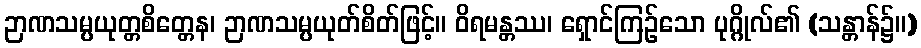
ဉာဏသမ္ပယုတ္တစိတ္တေန၊ ဉာဏသမ္ပယုတ်စိတ်ဖြင့်။ ဝိရမန္တဿ၊ ရှောင်ကြဉ်သော ပုဂ္ဂိုလ်၏ (သန္တာန်၌။)